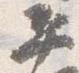
平